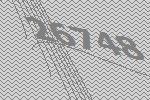
26748